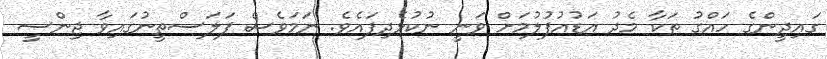
ގައިދީންގެ ހައްގު ތަކާ މެދު އަޑުއުފުުލުމަށް ވަނީ ނުކުޅެދިފައެވެ. ނަމަވެސް ފަލަސްތީނުގައިވާ ޖިންސީ